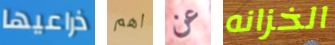
ذراعيها اهم عن الخزانه